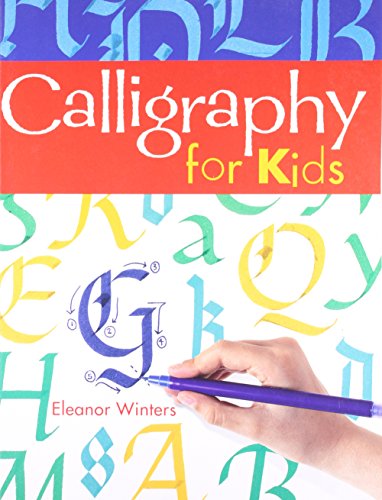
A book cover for Calligraphy for Kids; Eleanor Winters; Children's Books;